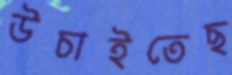
উচাইতেছ